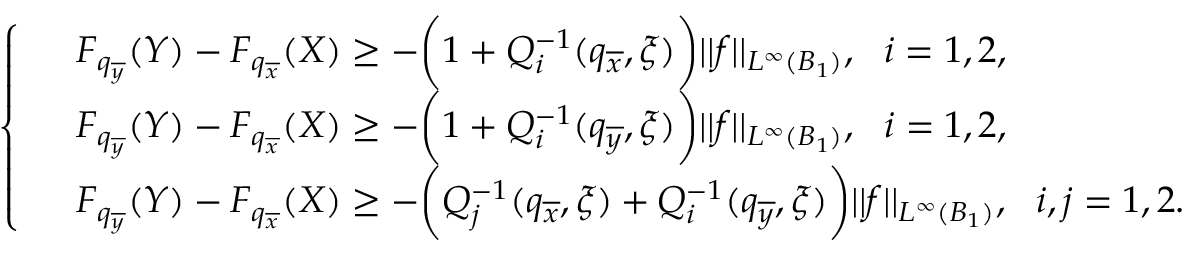
\left\{ \begin{array} { r l } & { F _ { q _ { \overline { { y } } } } ( Y ) - F _ { q _ { \overline { { x } } } } ( X ) \geq - \bigg ( 1 + Q _ { i } ^ { - 1 } ( q _ { \overline { { x } } } , \xi ) \bigg ) | | f | | _ { L ^ { \infty } ( B _ { 1 } ) } , \ \ i = 1 , 2 , } \\ & { F _ { q _ { \overline { { y } } } } ( Y ) - F _ { q _ { \overline { { x } } } } ( X ) \geq - \bigg ( 1 + Q _ { i } ^ { - 1 } ( q _ { \overline { { y } } } , \xi ) \bigg ) | | f | | _ { L ^ { \infty } ( B _ { 1 } ) } , \ \ i = 1 , 2 , } \\ & { F _ { q _ { \overline { { y } } } } ( Y ) - F _ { q _ { \overline { { x } } } } ( X ) \geq - \bigg ( Q _ { j } ^ { - 1 } ( q _ { \overline { { x } } } , \xi ) + Q _ { i } ^ { - 1 } ( q _ { \overline { { y } } } , \xi ) \bigg ) | | f | | _ { L ^ { \infty } ( B _ { 1 } ) } , \ \ i , j = 1 , 2 . } \end{array} \right.